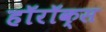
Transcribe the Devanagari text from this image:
हॉरॉक्स